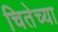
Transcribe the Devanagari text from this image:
चितेच्या